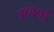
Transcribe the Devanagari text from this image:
अटकपूर्व